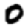
Digit: 0